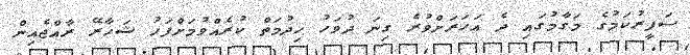
ސަފީރުކަމުގެ މަގާމުގައި ދެ އަހަރަށްވުރެ ގިނަ ދުވަހު ހިދުމަތް ކުރެއްވުމަށްފަހު ޝަހާރޭ ރާއްޖެއިން